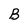
Character: B